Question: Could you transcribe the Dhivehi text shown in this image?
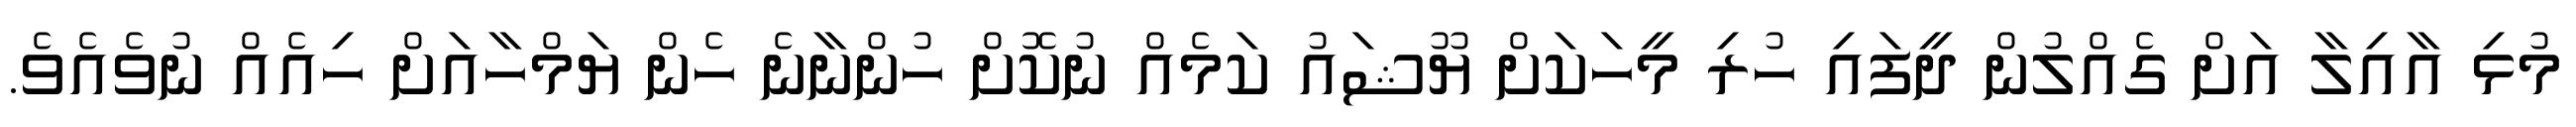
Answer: މުޅި އާއިލާ އަށް ގެއްލުން ދީފައި ހުރި މީހަކަށް ޔޫޝައު ކަމެއް ނުކޮށް ހުންނާނެ ހެން ޔަމްހާއަށް ހިއެއް ނުވެއެވެ.